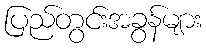
ပြည်တွင်းအခွန်များ